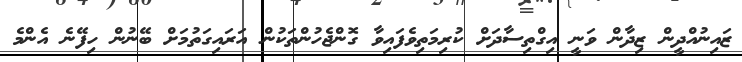
ޒައިނުއްދީން ޒިދާން ވަނީ އިގްތިސާދަށް ކުރިމަތިވެފައިވާ ގޮންޖެހުންތަކުން އަރައިގަތުމަށް ބޭނުން ހިފޭނެ އެންމެ